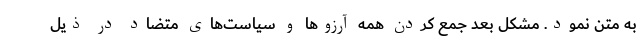
به متن نمود. مشکل بعد جمع کردن همه آرزوها و سیاست‌های متضاد در ذیل